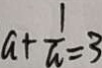
a + \frac { 1 } { a } = 3